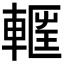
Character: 𮝝